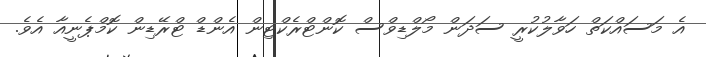
އެ މަސައްކަތް ހަވާލުކުރީ ސަދަން މޯލްޑިވްސް ކޮންޓްރެކްޓިން އެންޑް ޓްރޭޑިން ކޮމްޕެނީއާ އެވެ.